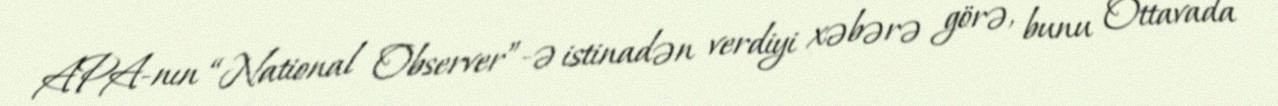
APA-nın “National Observer”-ə istinadən verdiyi xəbərə görə, bunu Ottavada